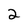
Character: 2